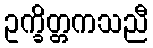
ဥက္ခိတ္တကသညီ